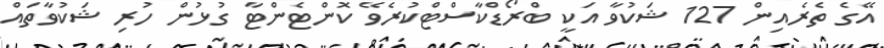
އޭގެ ތެރެއިން 127 ޝަކުވާ އަކީ ބްރޯޑްކާސްޓްކުރެވޭ ކޮންޓެންޓާ ގުޅުން ހުރި ޝަކުވާތައް